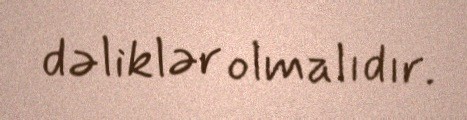
dəliklər olmalıdır.